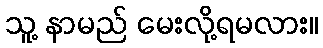
သူ့ နာမည် မေးလို့ရမလား။